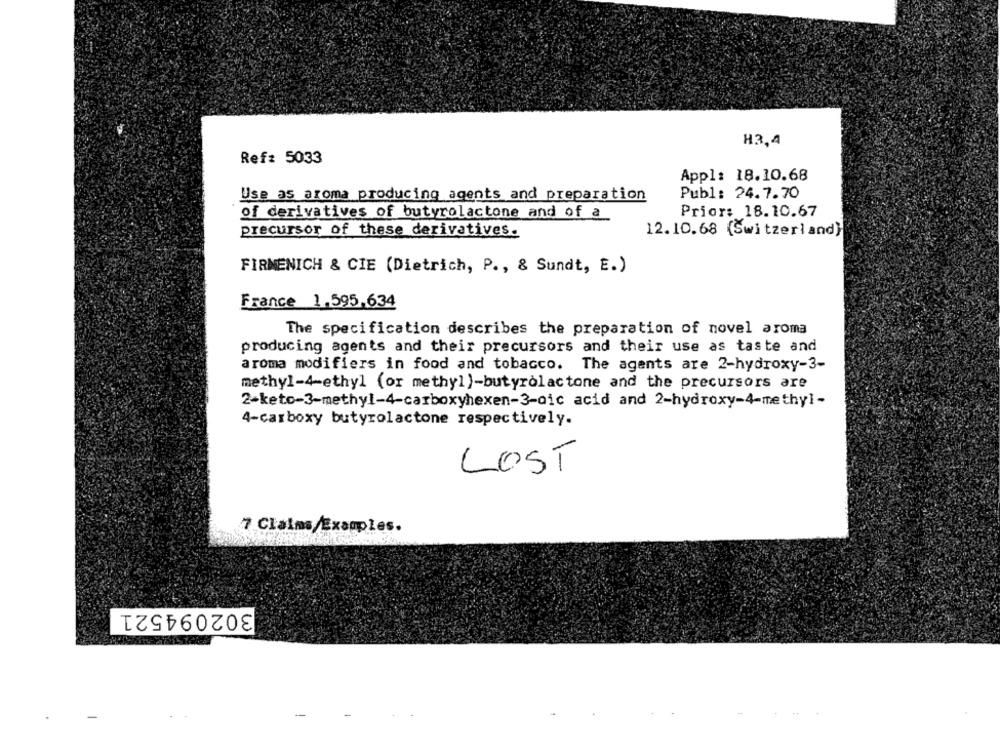
H3,4
Ref: 5033
Appl: 18.10.68
Publ: 24.7.70
Use as aroma producing agents and preparation
of derivatives of butyrolactone and of a
Prior: 18.10.67
precursor of these derivatives.
12.10.68 (Switzerland}
FIRMENICH & CIE (Dietrich, P ., & Sundt, E.)
France 1.595,634
The specification describes the preparation of novel aroma
producing agents and their precursors and their use as taste and
aroma modifiers in food and tobacco. The agents are 2-hydroxy-3-
methyl-4-ethyl (or methyl)-butyrolactone and the precursors are
2-keto-3-methyl-4-carboxyhexen-3-oic acid and 2-hydroxy-4-methyl-
4-carboxy butyrolactone respectively.
LOST
7 Claims/Examples.
302094521